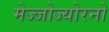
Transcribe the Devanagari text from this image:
मेज्जोज्योरनो